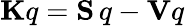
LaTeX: \mathbf{K}q=\mathbf{S}\, q-\mathbf{V}q